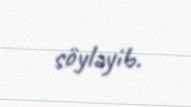
söyləyib.